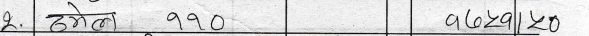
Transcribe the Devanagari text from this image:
२. ढमेल ११० ९७२९४॥२०